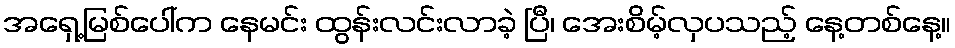
အရှေ့မြစ်ပေါ်က နေမင်း ထွန်းလင်းလာခဲ့ ပြီ၊ အေးစိမ့်လှပသည့် နေ့တစ်နေ့။